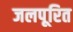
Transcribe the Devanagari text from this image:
जलपूरित